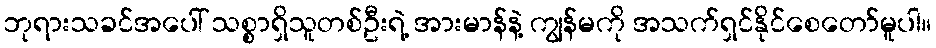
ဘုရားသခင်အပေါ် သစ္စာရှိသူတစ်ဦးရဲ့ အားမာန်နဲ့ ကျွန်မကို အသက်ရှင်နိုင်စေတော်မူပါ။